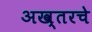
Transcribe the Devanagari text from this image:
अख्तरचे